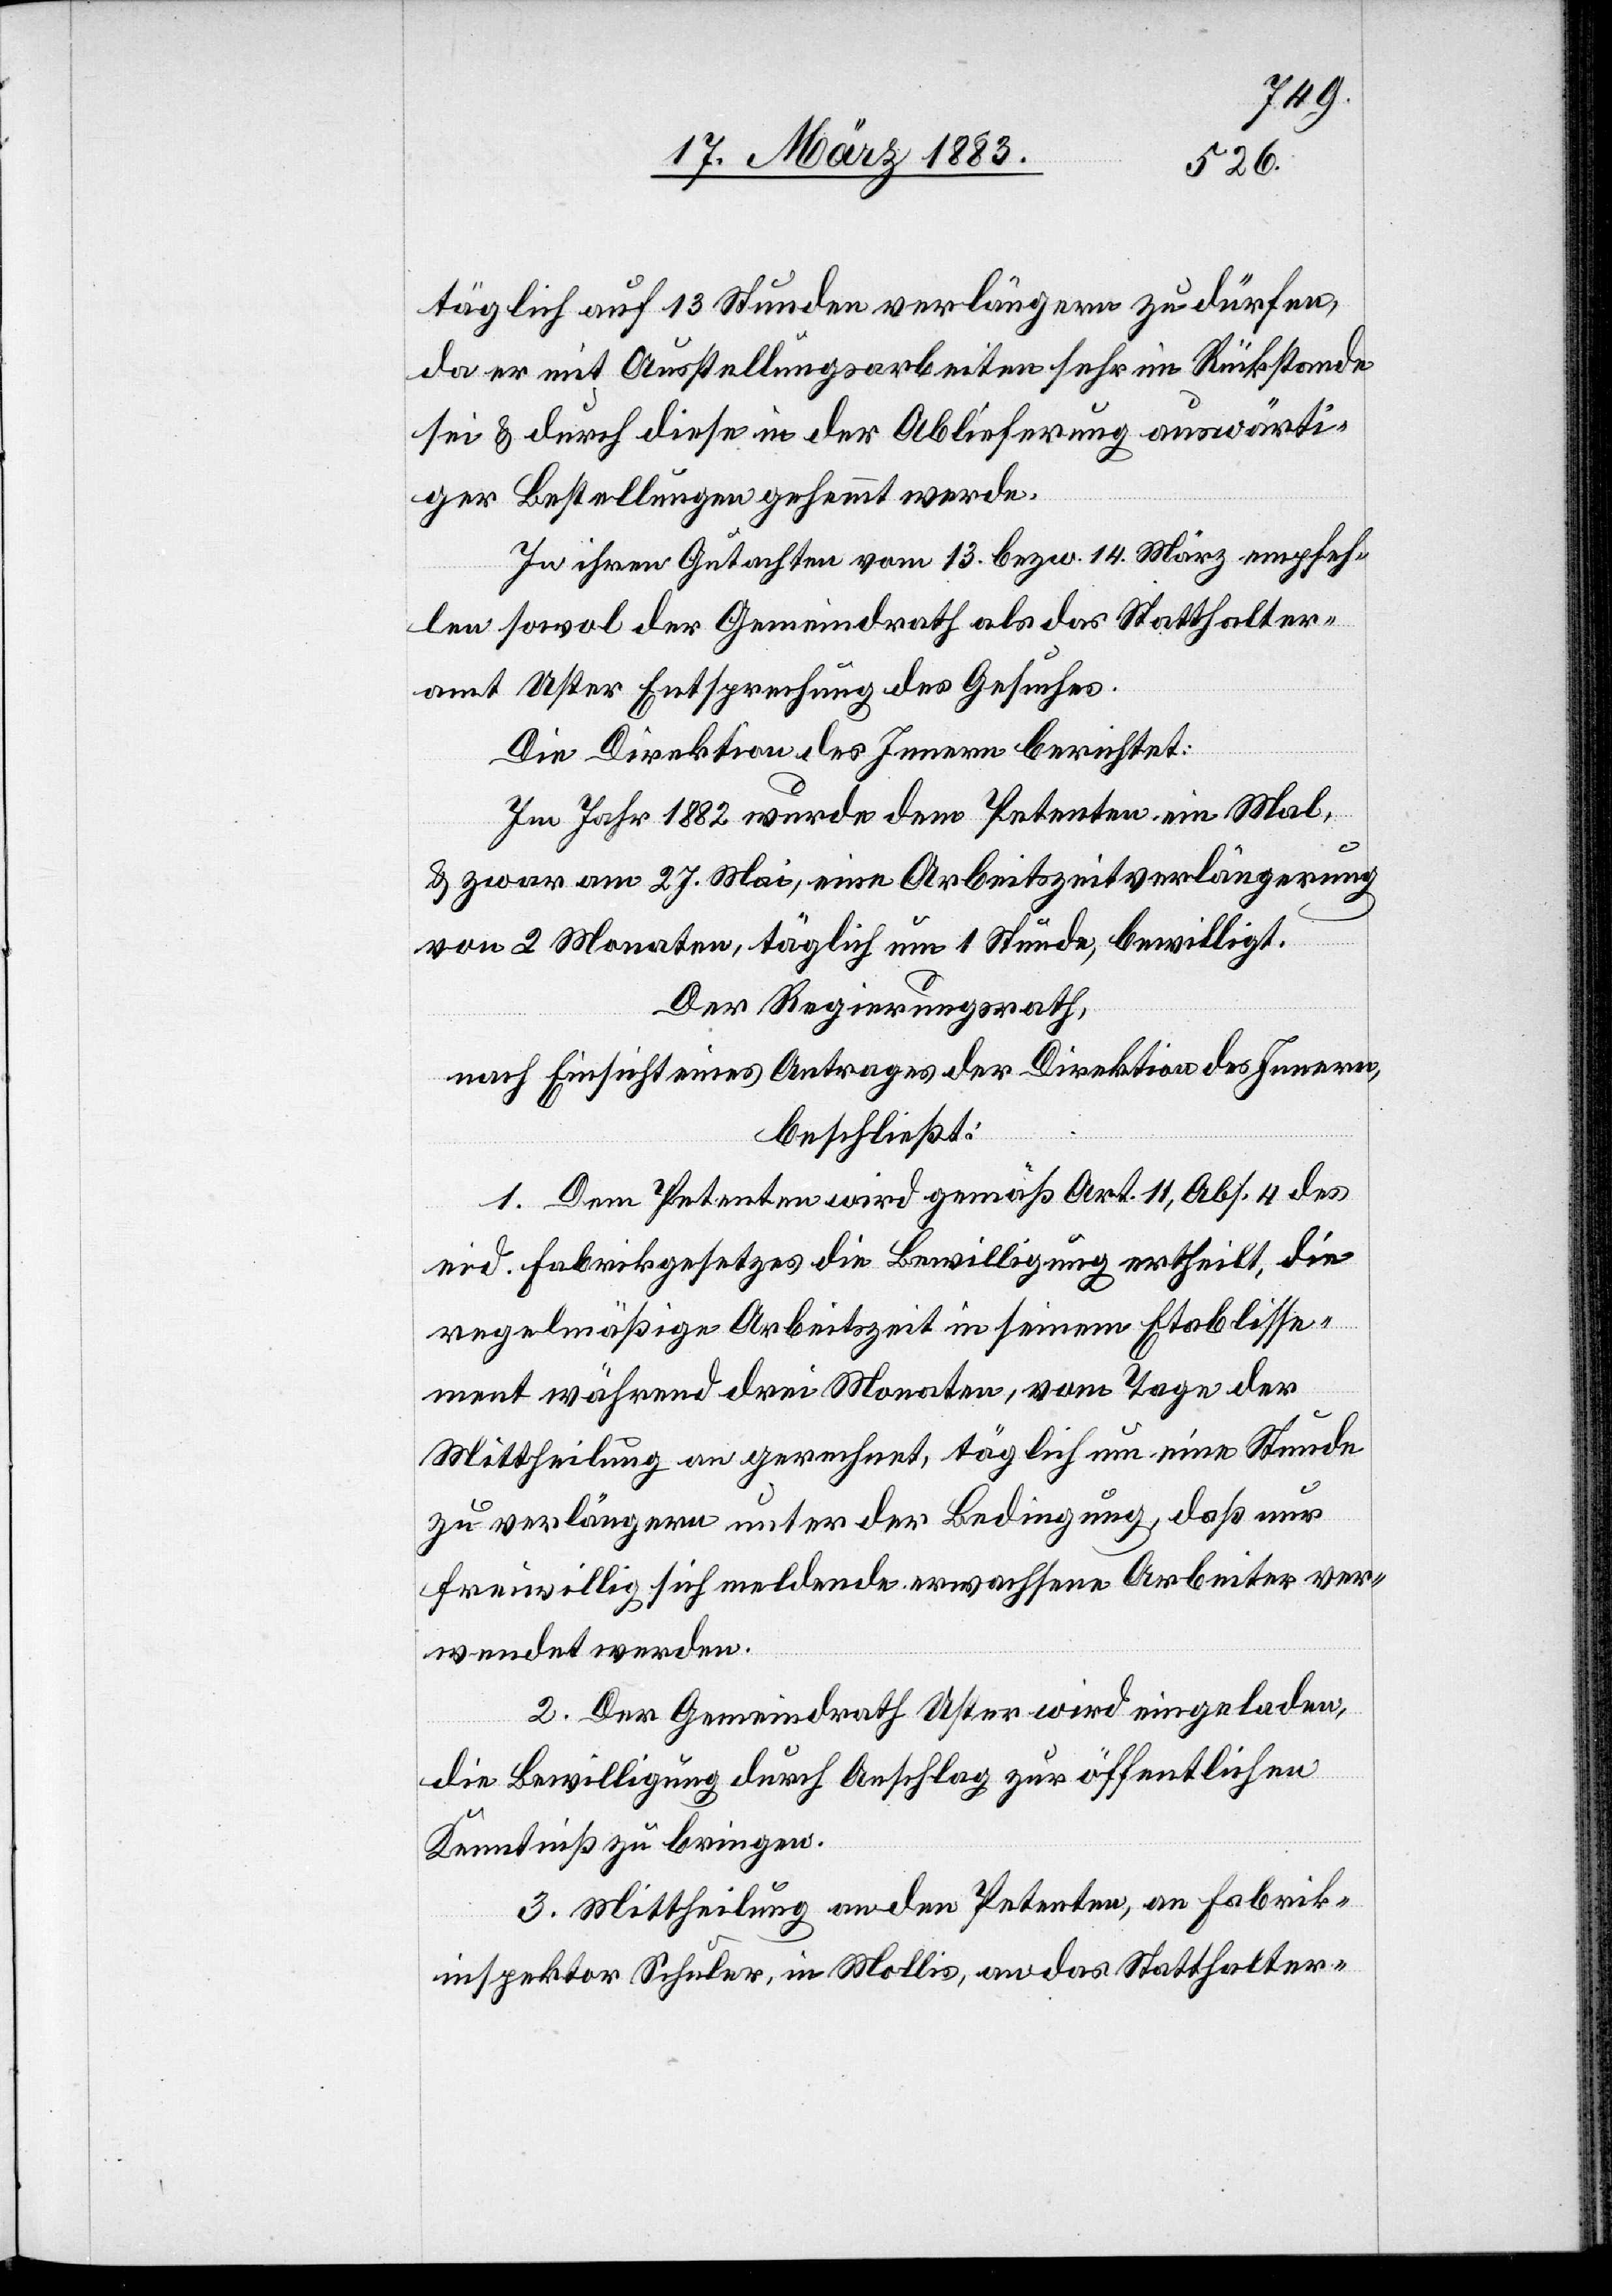
täglich auf 13 Stunden verlängern zu dürfen,
da er mit Ausstellungsarbeiten im Rückstande
sei & durch diese in der Ablieferung auswärti¬
ger Bestellungen gehemmt werde.
In ihrem Gutachten vom 13. bezw. 14. März empfeh¬
len sowol der Gemeindrath als das Statthalter¬
amt Uster Entsprechung des Gesuches.
Die Direktion des Innern berichtet:
Im Jahr 1882 wurde dem Petenten ein Mal,
& zwar am 17. Mai eine Arbeitszeitverlängerung
von 2 Monaten, täglich um 1 Stunde, bewilligt.
Der Regierungsrath,
nach Einsicht eines Antrages der Direktion des Innern,
beschließt:
1. Dem Petenten wird gemäß Art. 11, Abs. 4 des
eid. Fabrikgesetzes die Bewilligung ertheilt, die
regelmäßige Arbeitszeit in seinem Etablisse¬
ment während 3 Monaten, vom Tage der
Mittheilung an gerechnet, täglich um eine Stunde
zu verlängern unter der Bedingung, daß nur
freiwillig sich meldende erwachsene Arbeiter ver¬
wendet werden.
2. Der Gemeindrath Uster wird eingeladen,
die Bewilligung durch Anschlag zur öffentlichen
Kenntniß zu bringen.
3. Mittheilung an den Petenten, an Fabrik¬
inspektor Schuler, in Mollis, an das Statthalter-